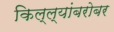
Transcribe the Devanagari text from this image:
किल्ल्यांबरोबर